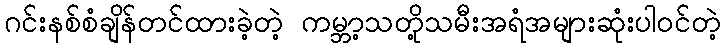
ဂင်းနစ်စံချိန်တင်ထားခဲ့တဲ့ ကမ္ဘာ့သတို့သမီးအရံအများဆုံးပါ၀င်တဲ့